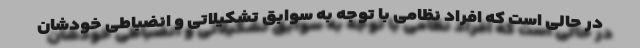
در حالی است که افراد نظامی با توجه به سوابق تشکیلاتی و انضباطی خودشان